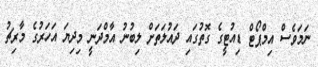
ނަމަވެސް އިމްޕޯޓް ޑިއުޓީގެ ގޮތުގައި ދައުލަތަށް ލިބުނު އާމްދަނީ މިދިޔަ އަހަރުގެ މާރިޗު